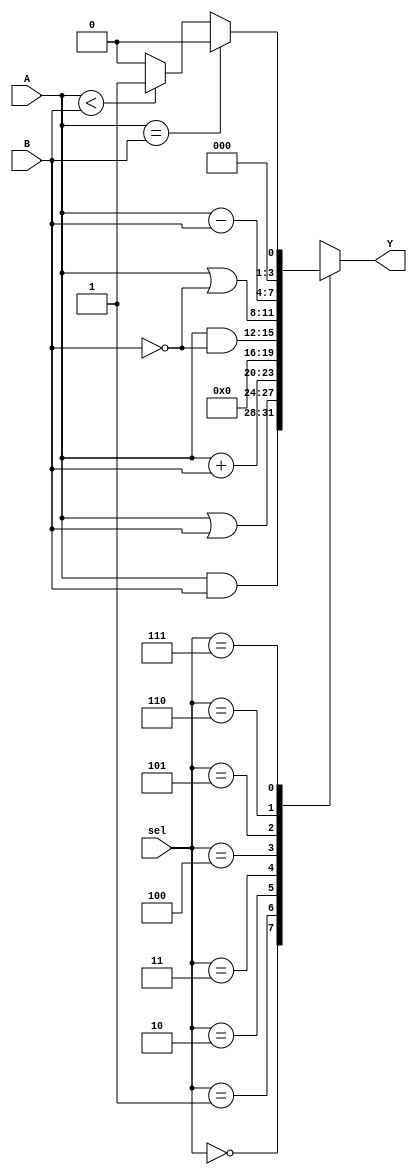
///////////////////////////////////////////////////////////////////////////////
//JOSE LUIS ALVAREZ PINEDA
//19392
//Laboratorio electronica digital
//ALU laboratorio #08
///////////////////////////////////////////////////////////////////////////////

module ALU #(parameter N = 4) //Parametro para el tamao de los bits en las entradas
(
  input wire [2:0] sel,
  input wire[N-1:0] A,
  input wire[N-1:0] B,
  output reg[N-1:0] Y
  );


  always @ ( sel, A, B ) begin
  case (sel)
    3'b000: Y = A & B; // and logico
    3'b001: Y = A | B; // or logico
    3'b010: Y = A + B; // suma aritmetica
    3'b011: Y = 0; // no se usa por eleccion se coloca en 0
    3'b100: Y = A & ~B; // and logico con b negado
    3'b101: Y = A | ~B ; // or logico con b negado
    3'b110: Y = A - B; // resta aritmetica
    3'b111: Y = (A==B)?'b0:((A<B)? 'b1: 'b0); //si A es menor que B da 1, de lo contrario 0
    default: Y = 0; //si entra cualquier otro valor es 0 por eleccion
  endcase

  end
endmodule